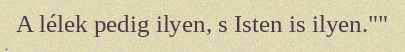
A lélek pedig ilyen, s Isten is ilyen.""